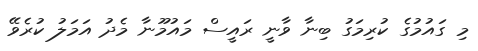
މި ގައުމުގެ ކުރިމަގު ބިނާ ވާނީ ރައީސް މައުމޫނާ މެދު އަމަލު ކުރެވޭ